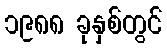
၁၉၈၈ ခုနှစ်တွင်